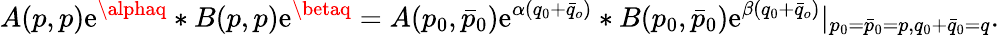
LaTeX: A(p,p)\mathrm{e}^{\alphaq}*B(p,p)\mathrm{e}^{\betaq}=A(p_{0},\bar{{p}}_{0})\mathrm{e}^{\alpha(q_{0}+\bar{{q}}_{o})}*B(p_{0},\bar{{p}}_{0})\mathrm{e}^{\beta(q_{0}+\bar{{q}}_{o})}|_{p_{0}=\bar{{p}}_{0}=p,q_{0}+\bar{{q}}_{0}=q}.